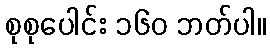
စုစုပေါင်း ၁၆၀ ဘတ်ပါ။